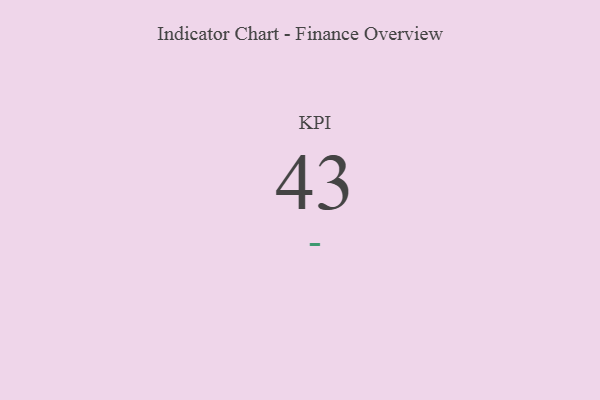
{"axis": {"x": "KPI", "y": "Value"}, "legend": [""], "data": [{"x": "KPI", "y": 43, "type": ""}]}